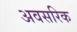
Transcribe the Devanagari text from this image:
अवसरिक